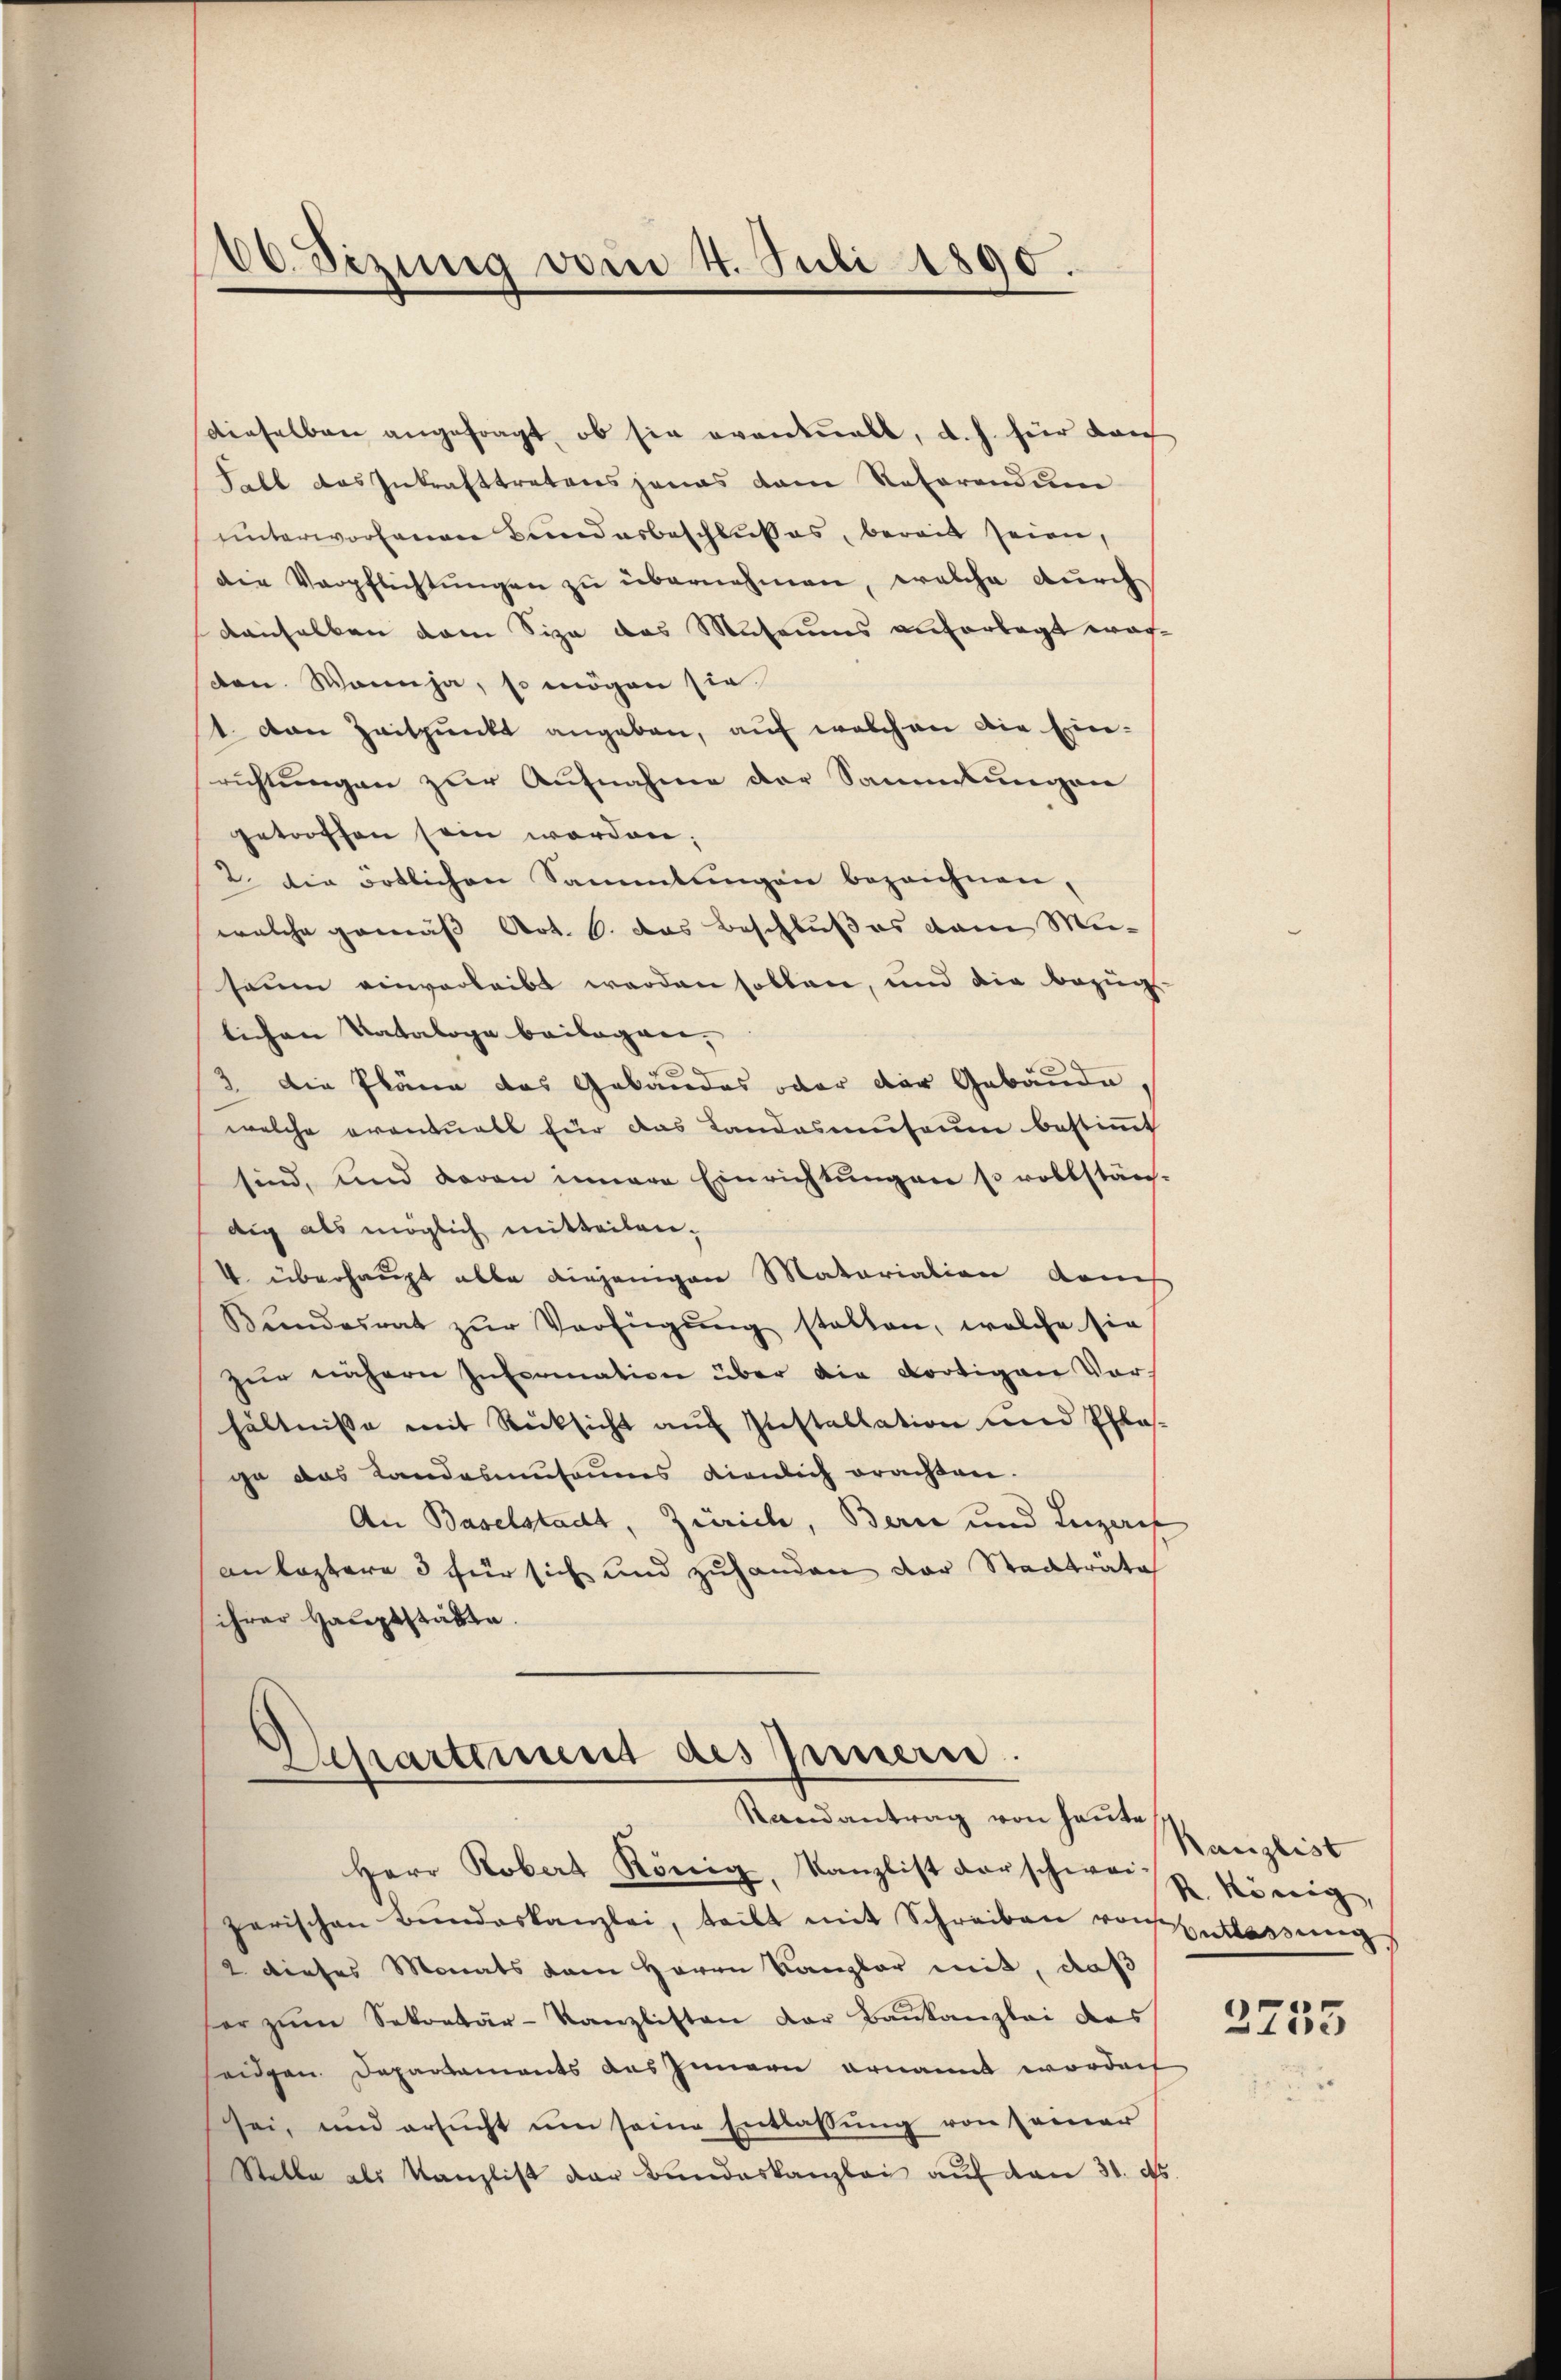
10. Sizung vom 4. Juli 1890.

dieselben angefragt, ob sie eventuell, d. h. für darch
Felt das Inkrafttretens jenes dem Referendum
uinterworfenen Bunderbeschlußes, bereit seien,
die Verpflichtŭngen zu übernehmen, welche durch
denselben dem Siza des Museums anvorlegt worden. Wann ja, so mögen sie
1. von Zeitpunkt angeben, auf welchen die Einrichtungen zur Aufnahme der Sammlungen
getroffen sein worden;
2. Die örtlichen Sammlungen bezeichnen,
welche gemäß Art. 6. das Beschlußes vom Miseum einverleibt werden sollen, und die Bezugs
lichen Nataloge beilagen,
3 die Pläne das Gebäudes oder der Gebäude,
welche eventuell für das Landasmuseum bestimmt
sind, und davon innere Einrichtŭngen es vollstän-
dig als möglich mitteilen,
. überhaupt alle diejenigen Matariation danch
Bŭndesrat zŭr Verfügŭng stalten, welche sie
zŭr nähern Information über die dortigen Vor-
hältnisse mit Rücksicht auf Installation und Pflasge das Landasmusaums dienlich erachten.
An Baselstadt, Zürich, Bern und Inzauf
an Kaptore 3 für sich und zuhanden der Stadträte
ihrer Hauptstätte.

Departement des Innern.
Randantrag von heute

Herr Robert König, Kanzlist darschweiss. König,
zerischen Bŭndeskanzlei, teilt mit Schreiben von Entlassung
2 dieses Monats kam Herrn Kanzler mit, daß
her zŭm Sekretär-Kanzlisten der Baukanzlei des
eidgen. Departements des Innern ernannt worden
sei, und ersucht um seine Entlassung von seiner
Stelle als Kanzlist der Bundeskanzlei auf den 31. ds.

Kanzlist

2735